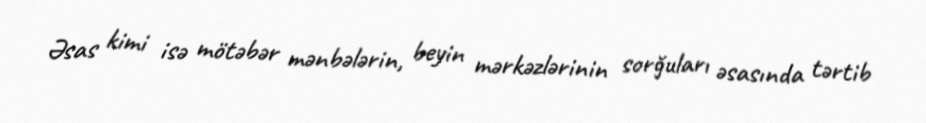
Əsas kimi isə mötəbər mənbələrin, beyin mərkəzlərinin sorğuları əsasında tərtib